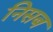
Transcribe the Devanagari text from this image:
निसब